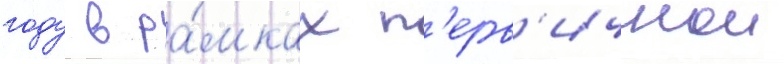
году в ра́мках п'ерв'ичнои